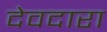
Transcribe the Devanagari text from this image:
देवदारा